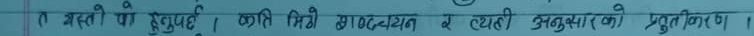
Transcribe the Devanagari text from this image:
१. भरती की स्तुतिपूर्ण । अति मिठी शब्दव्यग्र से स्याही अनुसार (को) प्रस्तुतिकरण ।